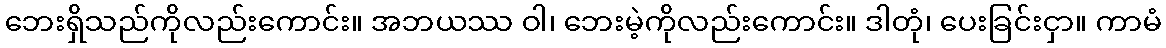
ဘေးရှိသည်ကိုလည်းကောင်း။ အဘယဿ ဝါ၊ ဘေးမဲ့ကိုလည်းကောင်း။ ဒါတုံ၊ ပေးခြင်းငှာ။ ကာမံ